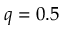
q = 0 . 5